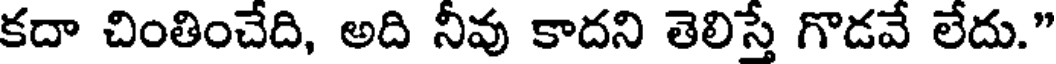
కదా చింతించేది, అది నీవు కాదని తెలిస్తే గొడవే లేదు."